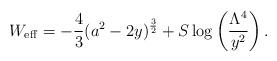
LaTeX: \begin{align*}W_{\mathrm{eff}} = -\frac{4}{3} (a^2 - 2 y)^{\frac{3}{2}} + S \log \left (\frac{\Lambda^4}{y^2} \right ).\end{align*}